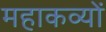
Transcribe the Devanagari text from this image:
महाकव्यों